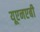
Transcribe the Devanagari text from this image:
यूएनएबी